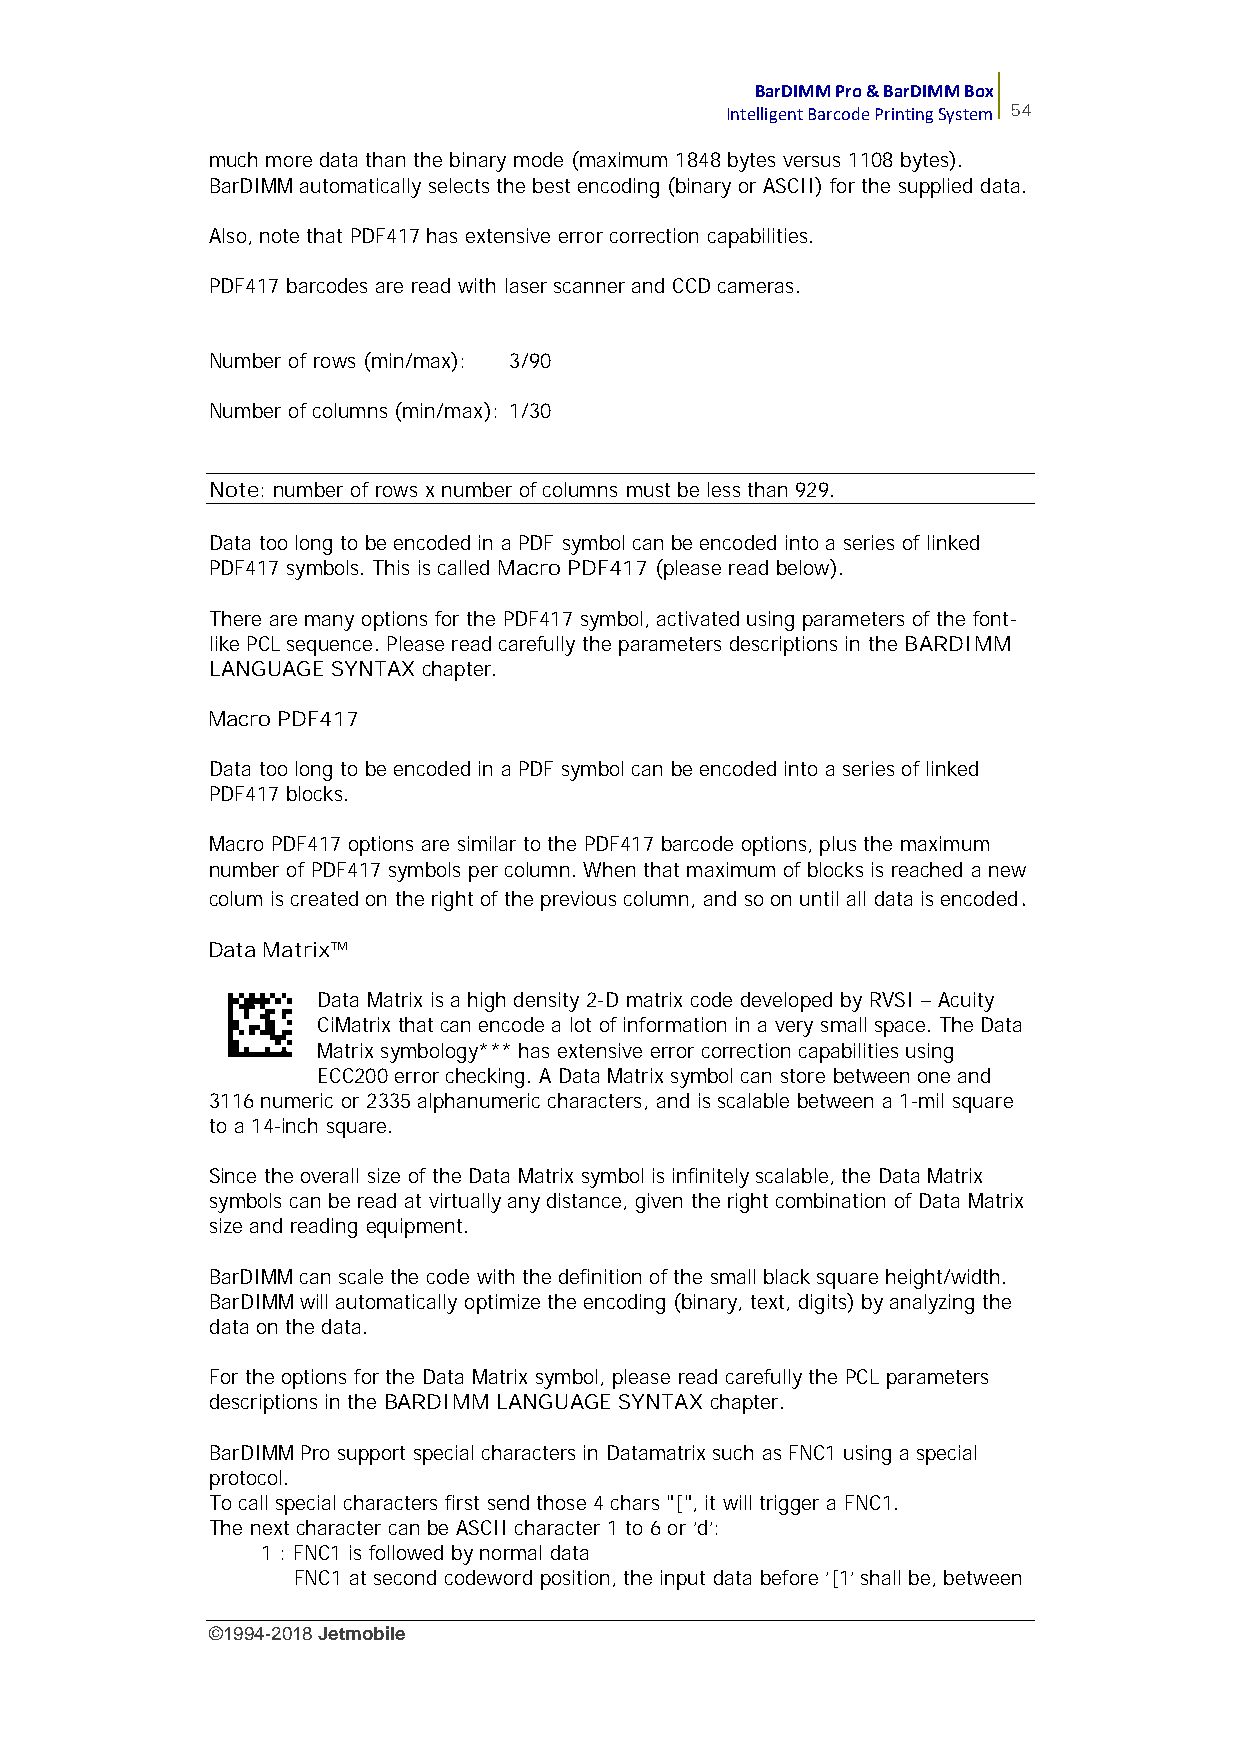
BarDIMM Pro & BarDIMM Box
 Intelligent Barcode Printing System 54
 much more data than the binary mode (maximum 1848 bytes versus 1108 bytes).
 BarDIMM automatically selects the best encoding (binary or ASCII) for the supplied data.
 Also, note that PDF417 has extensive error correction capabilities.
 PDF417 barcodes are read with laser scanner and CCD cameras.
 Number of rows (min/max): 3/90
 Number of columns (min/max): 1/30
 Note: number of rows x number of columns must be less than 929.
 Data too long to be encoded in a PDF symbol can be encoded into a series of linked
 PDF417 symbols. This is called Macro PDF417 (please read below).
 There are many options for the PDF417 symbol, activated using parameters of the font-
 like PCL sequence. Please read carefully the parameters descriptions in the BARDIMM
 LANGUAGE SYNTAX chapter.
 Macro PDF417
 Data too long to be encoded in a PDF symbol can be encoded into a series of linked
 PDF417 blocks.
 Macro PDF417 options are similar to the PDF417 barcode options, plus the maximum
 number of PDF417 symbols per column. When that maximum of blocks is reached a new
 colum is created on the right of the previous column, and so on until all data is encoded.
 Data Matrix™
 Data Matrix is a high density 2-D matrix code developed by RVSI – Acuity
 CiMatrix that can encode a lot of information in a very small space. The Data
 Matrix symbology*** has extensive error correction capabilities using
 ECC200 error checking. A Data Matrix symbol can store between one and
 3116 numeric or 2335 alphanumeric characters, and is scalable between a 1-mil square
 to a 14-inch square.
 Since the overall size of the Data Matrix symbol is infinitely scalable, the Data Matrix
 symbols can be read at virtually any distance, given the right combination of Data Matrix
 size and reading equipment.
 BarDIMM can scale the code with the definition of the small black square height/width.
 BarDIMM will automatically optimize the encoding (binary, text, digits) by analyzing the
 data on the data.
 For the options for the Data Matrix symbol, please read carefully the PCL parameters
 descriptions in the BARDIMM LANGUAGE SYNTAX chapter.
 BarDIMM Pro support special characters in Datamatrix such as FNC1 using a special
 protocol.
 To call special characters first send those 4 chars "[", it will trigger a FNC1.
 The next character can be ASCII character 1 to 6 or 'd':
 1 : FNC1 is followed by normal data
 FNC1 at second codeword position, the input data before '[1' shall be, between
 ©1994-2018Jetmobile
 E
 r
 r
 o